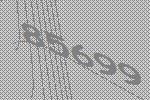
85699